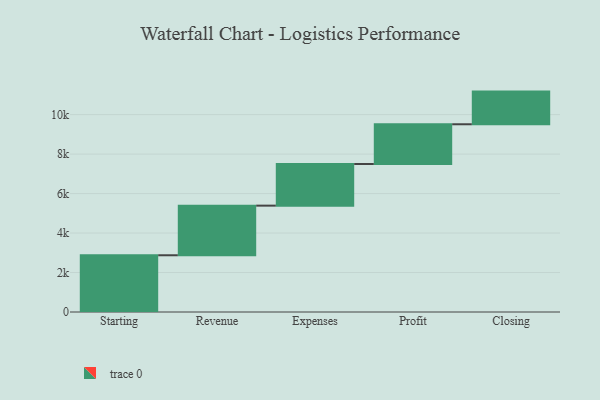
{"axis": {"x": "Step", "y": "Value"}, "legend": [""], "data": [{"x": "Starting", "y": 2875.0, "type": ""}, {"x": "Revenue", "y": 2514.0, "type": ""}, {"x": "Expenses", "y": 2109.0, "type": ""}, {"x": "Profit", "y": 2014.0, "type": ""}, {"x": "Closing", "y": 1655.0, "type": ""}]}